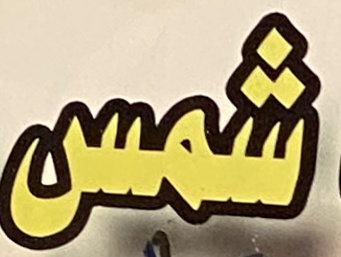
شمس